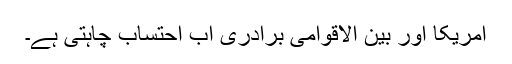
امریکا اور بین الاقوامی برادری اب احتساب چاہتی ہے۔